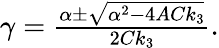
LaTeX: \begin{array}{r}{\gamma=\frac{\alpha\pm\sqrt{\alpha^{2}-4ACk_{3}}}{2Ck_{3}}.}\end{array}